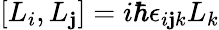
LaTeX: \left[L_{i},L_{\mathbf{j}}\right]=i\hbar\epsilon_{i\mathbf{j}k}L_{k}